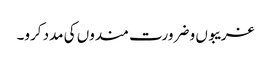
غریبوں و ضرورت مندوں کی مدد کرو۔